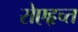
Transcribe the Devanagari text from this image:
रोएहृच्त